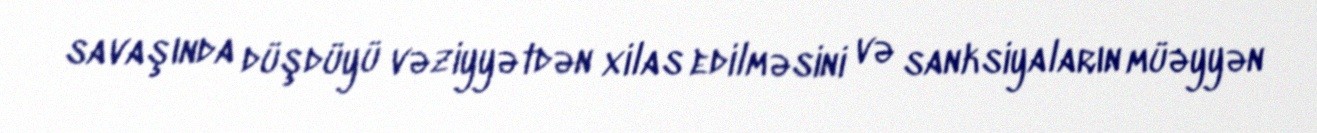
savaşında düşdüyü vəziyyətdən xilas edilməsini və sanksiyaların müəyyən